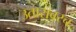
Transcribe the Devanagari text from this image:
उतारावरच